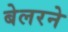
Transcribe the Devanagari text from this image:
बेलरने